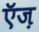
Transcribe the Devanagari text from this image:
ऍज़